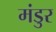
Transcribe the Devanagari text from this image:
मंडुर